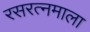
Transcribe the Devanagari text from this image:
रसरत्नमाला